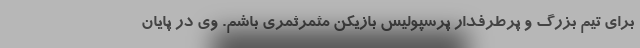
برای تیم بزرگ و پرطرفدار پرسپولیس بازیکن مثمرثمری باشم. وی در پایان